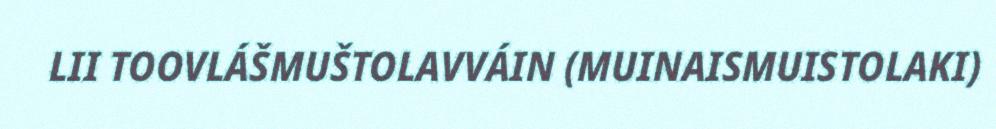
LII TOOVLÁŠMUŠTOLAVVÁIN (MUINAISMUISTOLAKI)